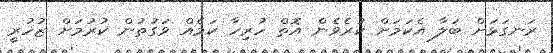
ރަނގަޅަށް ބަލާ އެކަމަށް ކުރެވެން އޮތް ހުރިހާ ކަމެއް ވަގުތުން ކުރުމަށް ޒުހުރީ